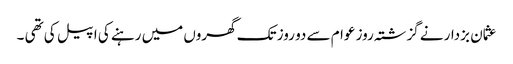
عثمان بزدار نے گزشتہ روز عوام سے دو روز تک گھروں میں رہنے کی اپیل کی تھی ۔